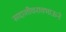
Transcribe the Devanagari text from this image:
सदाशीवरावभाऊने